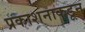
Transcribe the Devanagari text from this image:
प्रकाशनाकडून